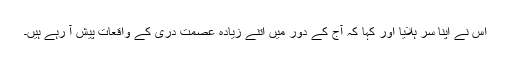
اس نے اپنا سر ہلایا اور کہا کہ آج کے دور میں اتنے زیادہ عصمت دری کے واقعات پیش آ رہے ہیں۔